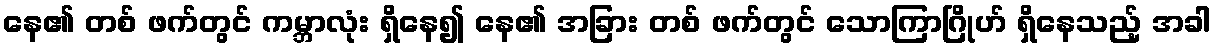
နေ၏ တစ် ဖက်တွင် ကမ္ဘာလုံး ရှိနေ၍ နေ၏ အခြား တစ် ဖက်တွင် သောကြာဂြိုဟ် ရှိနေသည့် အခါ